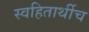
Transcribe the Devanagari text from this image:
स्वहितार्थीच